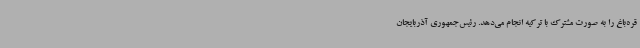
قره‌باغ را به صورت مشترک با ترکیه انجام می‌دهد. رئیس‌جمهوری آذربایجان